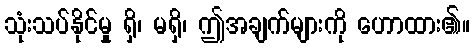
သုံးသပ်နိုင်မှု ရှိ၊ မရှိ၊ ဤအချက်များကို ဟောထား၏။